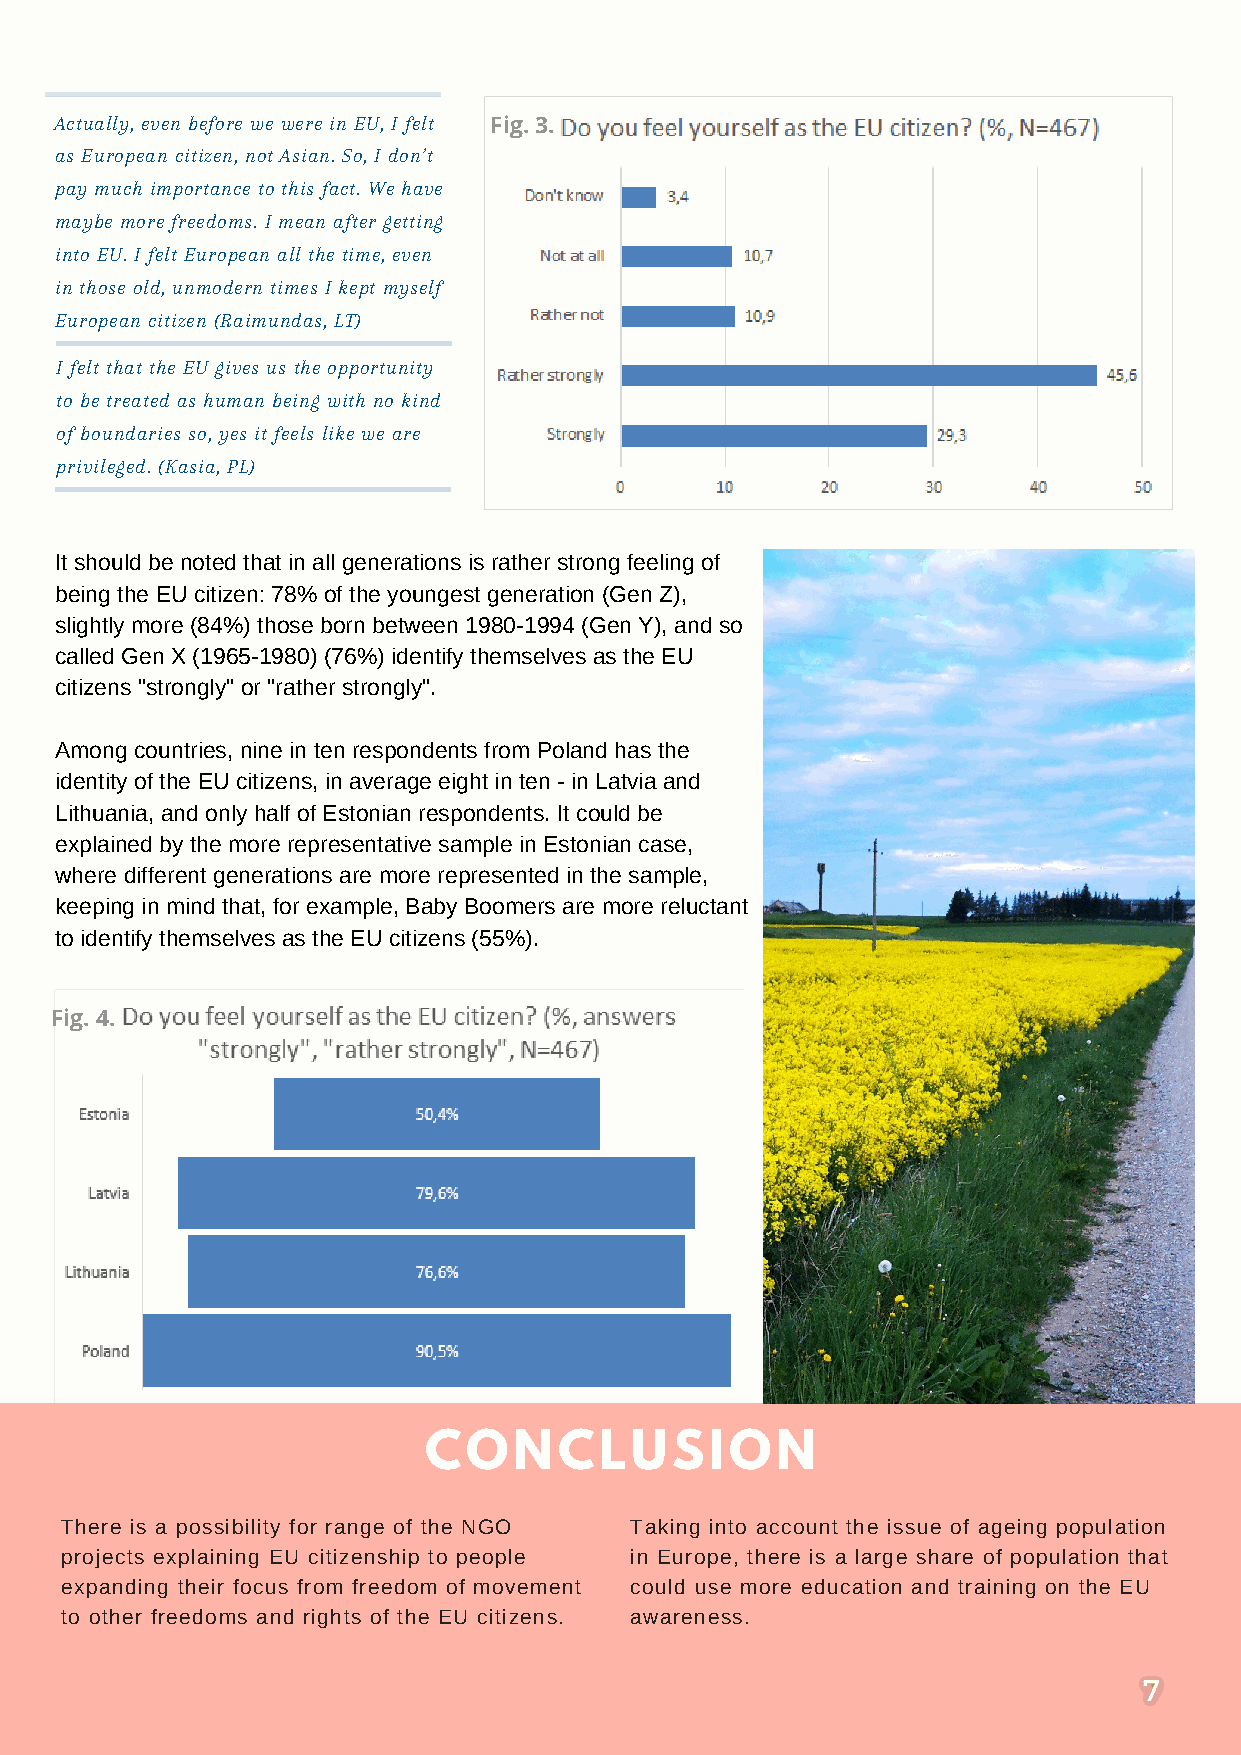
Actually, even before we were in EU, I felt Fig. 3.
 as European citizen, not Asian. So, I don’t
 pay much importance to this fact. We have
 maybe more freedoms. I mean after getting
 into EU. I felt European all the time, even
 in those old, unmodern times I kept myself
 European citizen (Raimundas, LT)
 I felt that the EU gives us the opportunity
 to be treated as human being with no kind
 of boundaries so, yes it feels like we are
 privileged. (Kasia, PL)
 It should be noted that in all generations is rather strong feeling of
 being the EU citizen: 78% of the youngest generation (Gen Z),
 slightly more (84%) those born between 1980-1994 (Gen Y), and so
 called Gen X (1965-1980) (76%) identify themselves as the EU
 citizens "strongly" or "rather strongly".
 Among countries, nine in ten respondents from Poland has the
 identity of the EU citizens, in average eight in ten - in Latvia and
 Lithuania, and only half of Estonian respondents. It could be
 explained by the more representative sample in Estonian case,
 where different generations are more represented in the sample,
 keeping in mind that, for example, Baby Boomers are more reluctant
 to identify themselves as the EU citizens (55%).
 Fig. 4.
 CONCLUSION
 There is a possibility for range of the NGO Taking into account the issue of ageing population
 projects explaining EU citizenship to people in Europe, there is a large share of population that
 expanding their focus from freedom of movement could use more education and training on the EU
 to other freedoms and rights of the EU citizens. awareness.